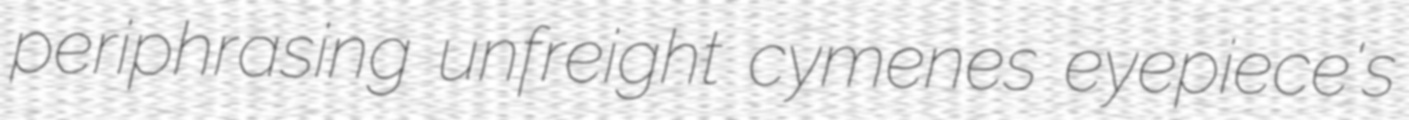
periphrasing unfreight cymenes eyepiece's